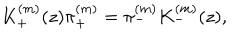
LaTeX: K _ { + } ^ { ( m ) } ( z ) \pi _ { + } ^ { ( m ) } = \pi _ { - } ^ { ( m ) } K _ { - } ^ { ( m ) } ( z ) ,